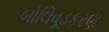
બોલિવૂડકરણ